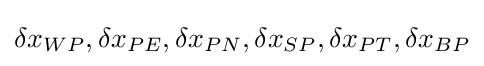
{\delta x_{WP}},{\delta x_{PE}},{\delta x_{PN}},{\delta x_{SP}},{\delta x_{PT}},{\delta x_{BP}}